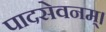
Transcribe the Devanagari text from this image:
पादसेवनम्।